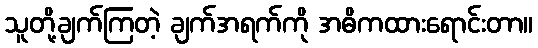
သူတို့ချက်ကြတဲ့ ချက်အရက်ကို အဓိကထားရောင်းတာ။